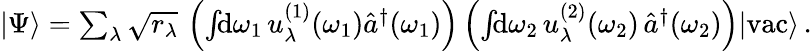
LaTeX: \begin{array}{r}{|\Psi\rangle=\sum_{\lambda}\sqrt{r_{\lambda}}\, \left(\int\! \! \mathrm{d}\omega_{1}\, u_{\lambda}^{(1)}(\omega_{1})\hat{a}^{\dagger}(\omega_{1})\right)\left(\int\! \! \mathrm{d}\omega_{2}\, u_{\lambda}^{(2)}(\omega_{2})\, \hat{a}^{\dagger}(\omega_{2})\right)|\mathrm{vac}\rangle\, .}\end{array}